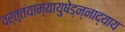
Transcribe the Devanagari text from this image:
वर्त्तयाम्यायुषेड्न्नाद्याय